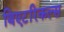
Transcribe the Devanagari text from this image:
थिएटरिकल्स